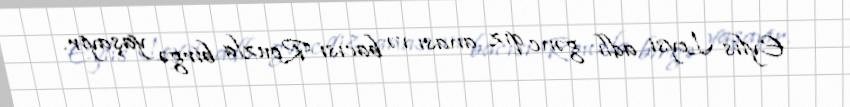
Eylis Leysi adlı gənc qız anası və bacısı Rouzla birgə yaşayır.